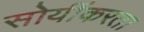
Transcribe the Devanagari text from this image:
सोयींकरता